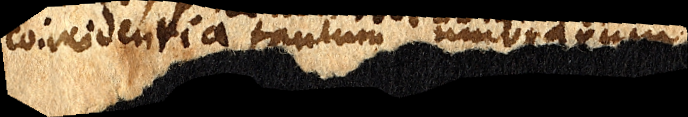
coincidentia tantum umbrarum.